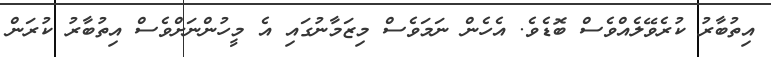
އިތުބާރު ކުރެވޭލެއްވެސް ބޮޑެވެ. އެހެން ނަމަވެސް މިޒަމާނުގައި އެ މީހުންނަށްވެސް އިތުބާރު ކުރަން